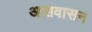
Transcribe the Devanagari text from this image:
आशवासन